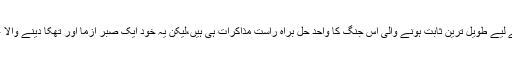
امریکا کے لیے طویل ترین ثابت ہونے والی اس جنگ کا واحد حل براہ راست مذاکرات ہی ہیں،لیکن یہ خود ایک صبر آزما اور تھکا دینے والا عمل ہو گا۔